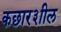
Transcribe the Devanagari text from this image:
कछार३ाील